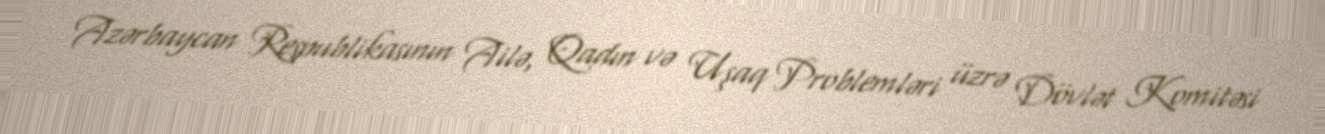
Azərbaycan Respublikasının Ailə, Qadın və Uşaq Problemləri üzrə Dövlət Komitəsi